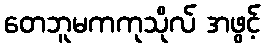
တေဘူမကကုသိုလ် အဖွင့်